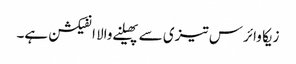
زیکا وائرس تیزی سے پھیلنے والا انفیکشن ہے۔